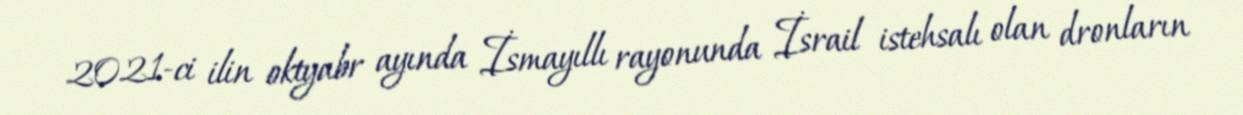
2021-ci ilin oktyabr ayında İsmayıllı rayonunda İsrail istehsalı olan dronların